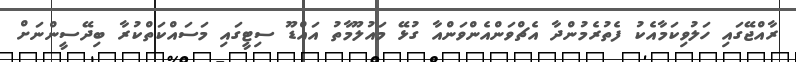
ރާއްޖޭގައި ހަލުވިކަމާއެކު ފެތުރެމުންދާ އެޗްވަންއެންވަންއާ ގުޅޭ މައުލޫމާތު އައްޑޫ ސިޓީގައި މަސައްކަތްކުރާ ބިދޭސީންނަށް